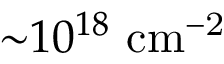
{ \sim } 1 0 ^ { 1 8 } ~ \mathrm { c m ^ { - 2 } }